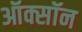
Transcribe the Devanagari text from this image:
ऑक्सॉन